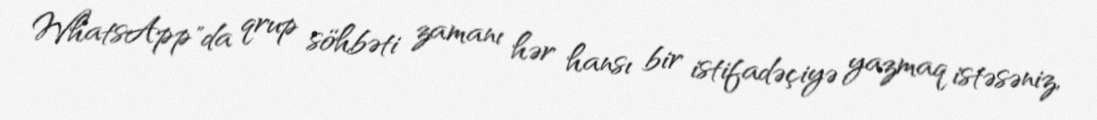
WhatsApp"da qrup söhbəti zamanı hər hansı bir istifadəçiyə yazmaq istəsəniz,